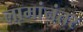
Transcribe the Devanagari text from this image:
लामांनंतर